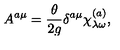
A ^ { a \mu } = \frac { \theta } { 2 g } \delta ^ { a \mu } \chi _ { \lambda \omega } ^ { ( a ) } ,